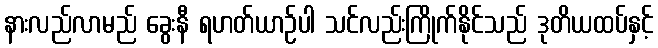
နားလည်လာမည် ခွေးနီ ရဟတ်ယာဉ်ပါ သင်လည်းကြိုက်နိုင်သည် ဒုတိယထပ်နှင့်